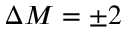
\Delta M = \pm 2